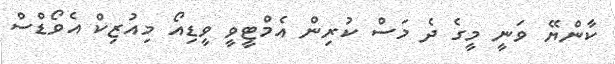
ކާންޔޭ ވަނީ މީގެ ދެ މަސް ކުރިން އެމްޓީވީ ވީޑިއޯ މިއުޒިކް އެވޯޑްސް